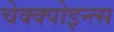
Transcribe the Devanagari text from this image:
चेक्क्पोइन्त्स